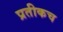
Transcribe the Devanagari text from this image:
प्रतीकच